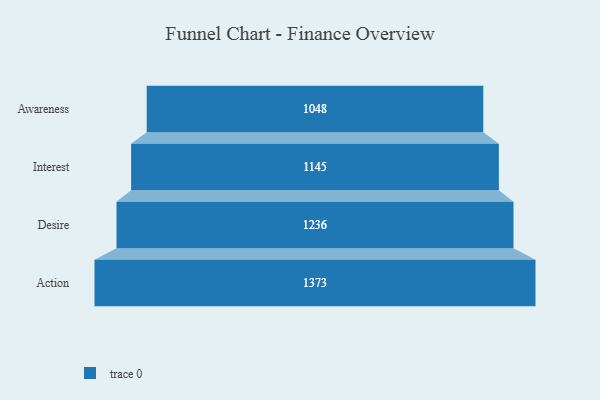
{"axis": {"x": "Stage", "y": "Value"}, "legend": [""], "data": [{"x": "Awareness", "y": 1048.0, "type": ""}, {"x": "Interest", "y": 1145.0, "type": ""}, {"x": "Desire", "y": 1236.0, "type": ""}, {"x": "Action", "y": 1373.0, "type": ""}]}